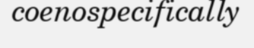
coenospecifically